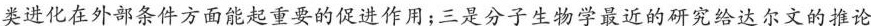
类进化在外部条件方面能起重要的促进作用；三是分子生物学最近的研究给达尔文的推论